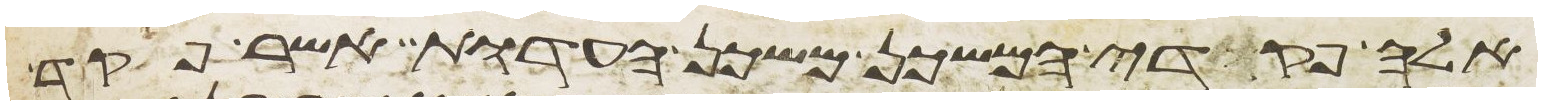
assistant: אלה פקדי המשכן משכן העדות אשר פקד